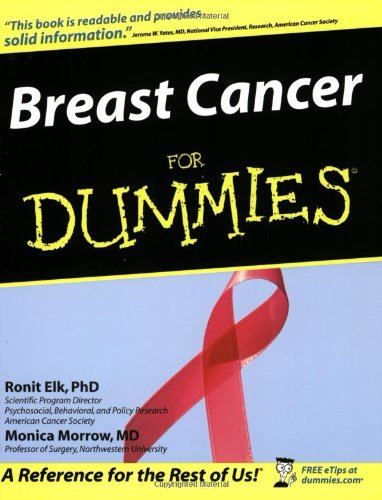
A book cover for Breast Cancer For Dummies; Ronit Elk; Health, Fitness & Dieting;